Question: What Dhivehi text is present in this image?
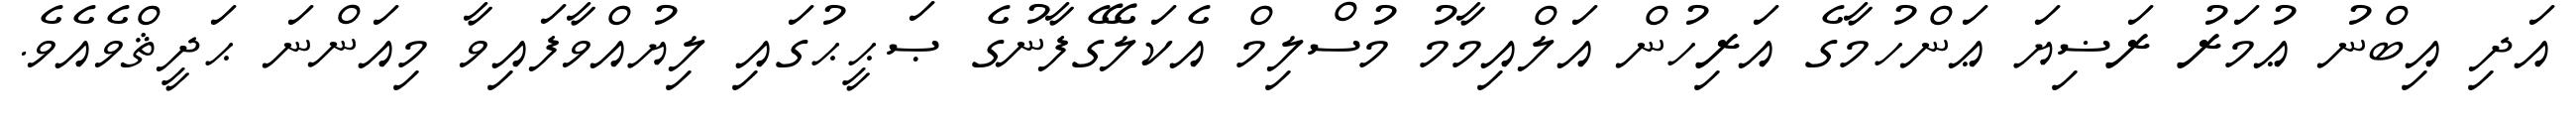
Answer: އަދި އިބްނު ޢުމަރު ރަޟިޔަ ޢަންހުމާގެ އަރިހުން އަލްއިމާމު މުސްލިމް އެކަލޭގެފާނުގެ ޞަޙީޙުގައި ލިޔުއްވާފައިވާ މިއަންނަ ޙަދީޘްވެއެވެ.